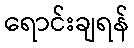
ရောင်းချရန်